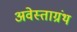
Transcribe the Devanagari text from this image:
अवेस्ताग्रंथ